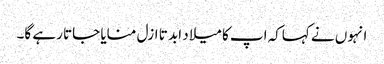
انہوں نے کہاکہ اپ کا میلا د ابد تا ازل منایا جاتا رہے گا۔